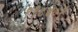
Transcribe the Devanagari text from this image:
११८४०१